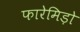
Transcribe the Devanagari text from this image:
फारेमिड़ो